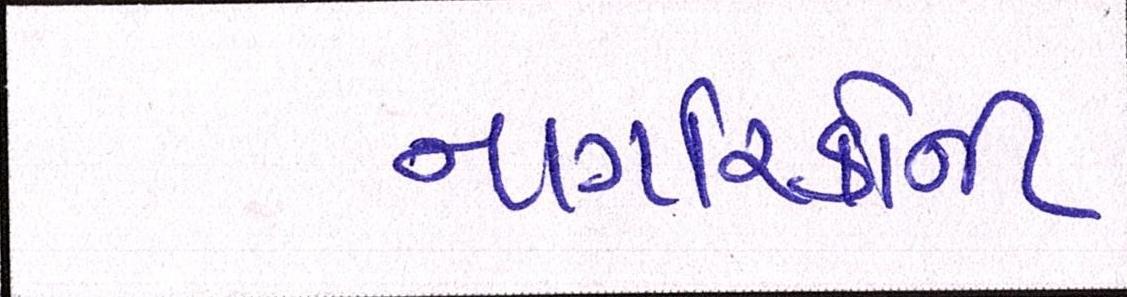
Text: નાગરિકોની